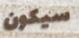
سيكون